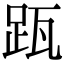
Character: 𨀄